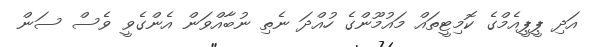
އަދި ޕީޕީއެމްގެ ކޮމިޓީތައް މައުމޫންގެ ހުއްދަ ނެތި ނުބާއްވަން އެންގެވީ ވެސް ސަން